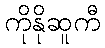
ကိုနိုဆူကီ